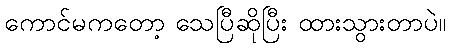
ကောင်မကတော့ သေပြီဆိုပြီး ထားသွားတာပဲ။